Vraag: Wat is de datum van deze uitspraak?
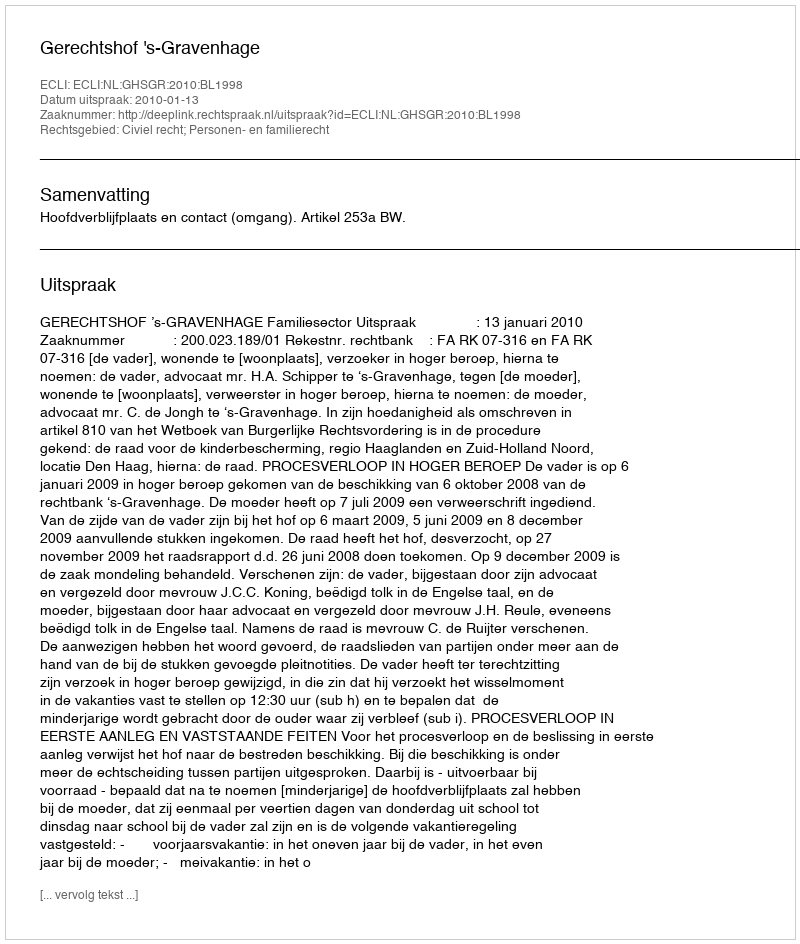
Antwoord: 2010-01-13